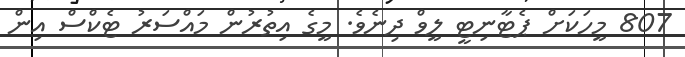
807 މީހަކަށް ޕެޓާނިޓީ ލީވް ދިނެވެ. މީގެ އިތުރުން މައްސަރު ޓެކްސް އިން